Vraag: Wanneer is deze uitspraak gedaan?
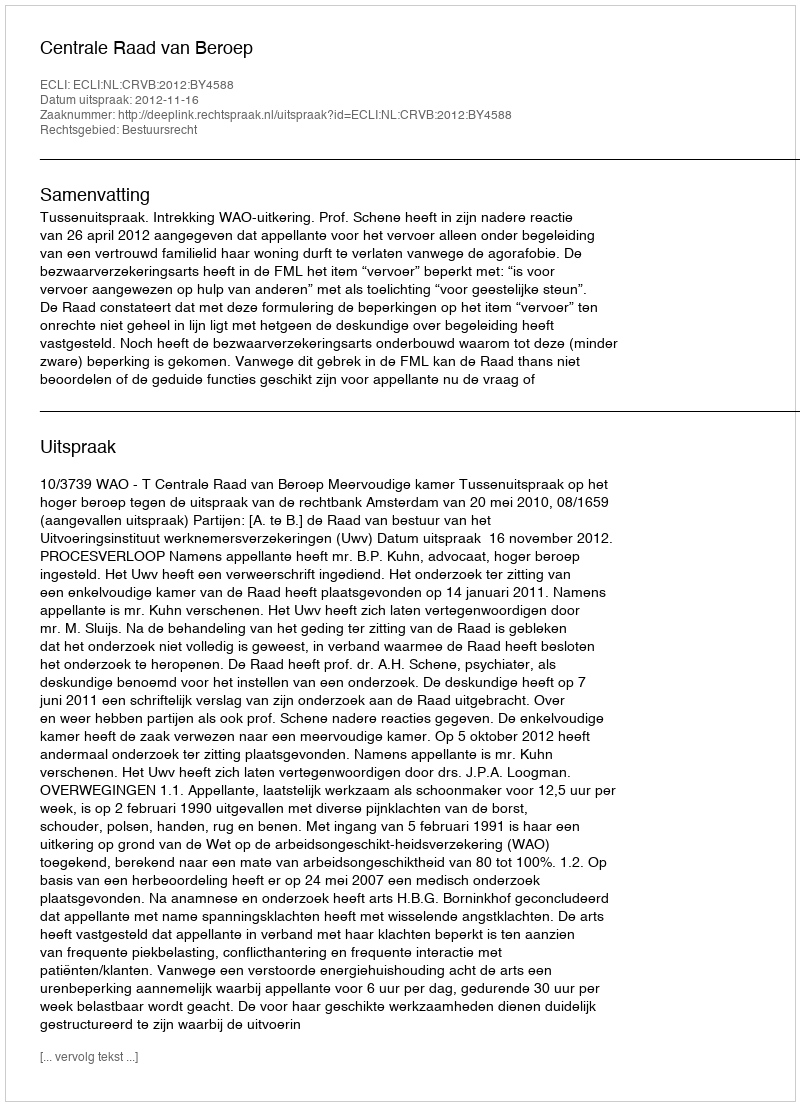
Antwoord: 2012-11-16